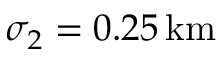
\sigma _ { 2 } = 0 . 2 5 \, \mathrm { k m }